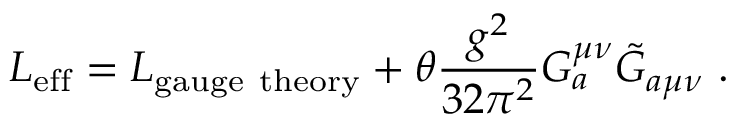
{ \cal { L } } _ { \mathrm { e f f } } = { \cal { L } } _ { \mathrm { g a u g e ~ t h e o r y } } + \theta \frac { g ^ { 2 } } { 3 2 \pi ^ { 2 } } G _ { a } ^ { \mu \nu } \tilde { G } _ { a \mu \nu } ~ .